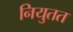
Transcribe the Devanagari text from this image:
नियुतत